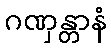
ဂဏှန္တာနံ